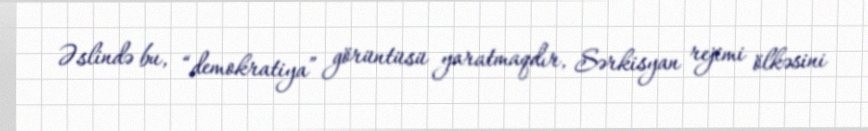
Əslində bu, “demokratiya” görüntüsü yaratmaqdır, Sərkisyan rejimi ölkəsini